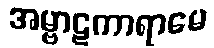
အမ္ဗာဋကာရာမေ